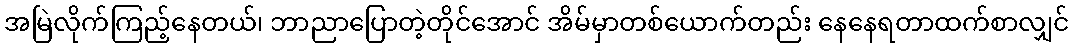
အမြဲလိုက်ကြည့်နေတယ်၊ ဘာညာပြောတဲ့တိုင်အောင် အိမ်မှာတစ်ယောက်တည်း နေနေရတာထက်စာလျှင်